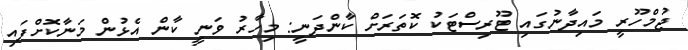
ޖުމްހޫރީ މައިދާނުގައި ޓޫރިސްޓަކު ކޮތަރަށް ކާންދަނީ: މިހާރު ވަނީ ކާން އެޅުން މަނާކޮށްފައި